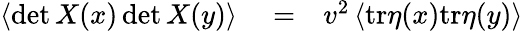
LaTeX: \begin{array}{rlr}{\left\langle\operatorname*{det}X(x)\operatorname*{det}X(y)\right\rangle}&{{}=}&{v^{2}\left\langle\mathrm{tr}\eta(x)\mathrm{tr}\eta(y)\right\rangle}\end{array}